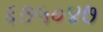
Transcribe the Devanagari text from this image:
६७५०४७